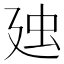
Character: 𧈰